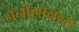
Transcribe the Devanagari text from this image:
नॅनोसायन्स